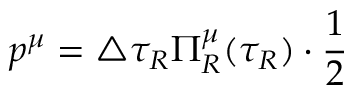
p ^ { \mu } = \triangle \tau _ { R } \Pi _ { R } ^ { \mu } ( \tau _ { R } ) \cdot \frac 1 2